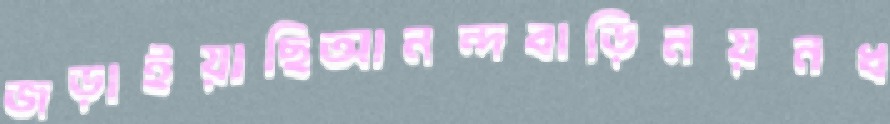
জড়াইয়াছিআনন্দবাড়িনয়নধ